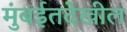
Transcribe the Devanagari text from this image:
मुंबईतदेखील